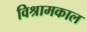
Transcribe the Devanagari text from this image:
विश्रामकाल